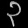
Digit: ၃